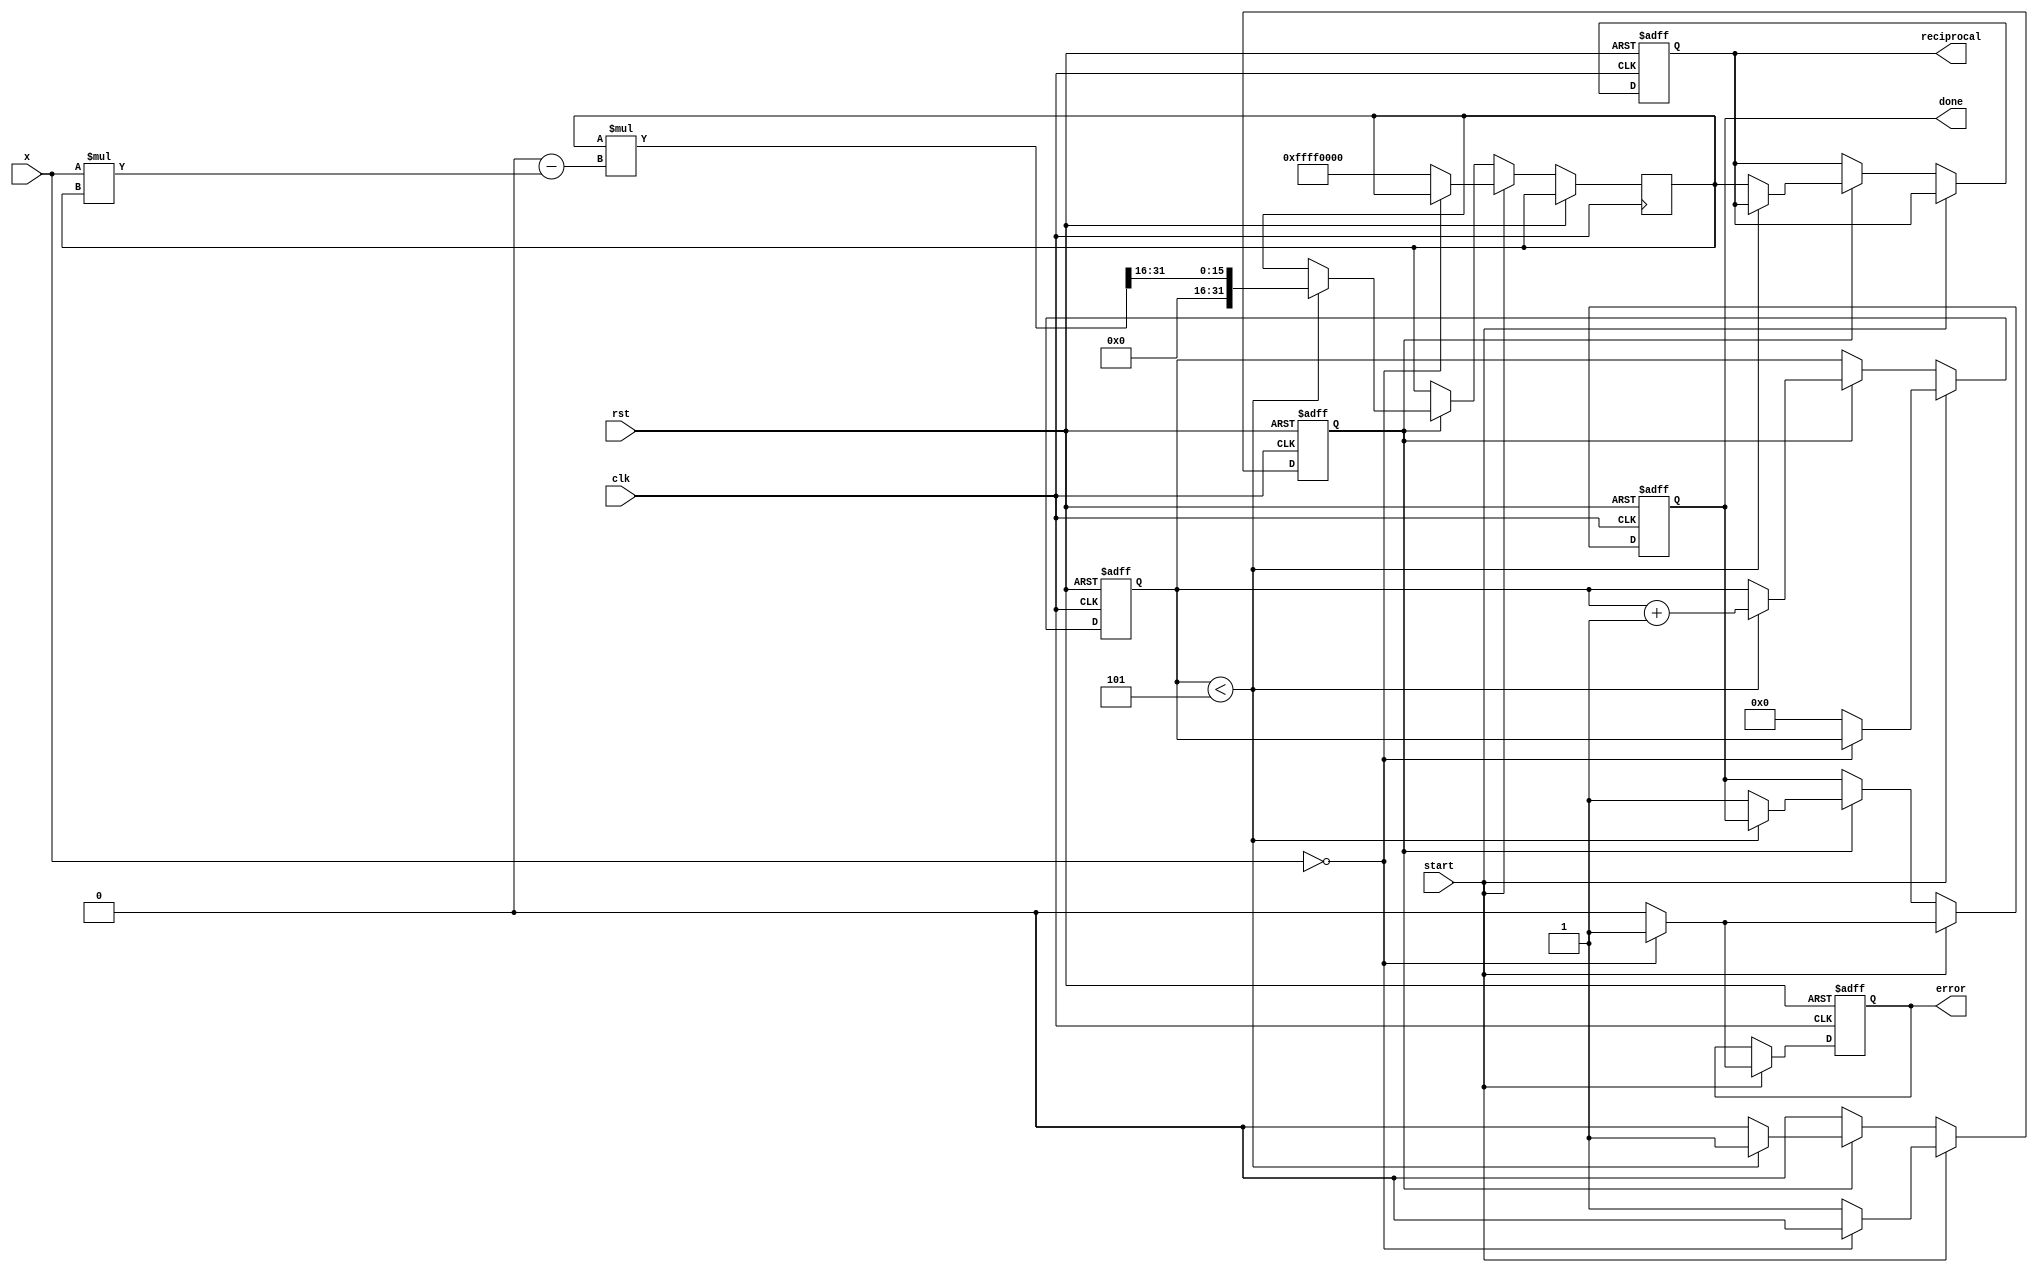
module newton_raphson_reciprocal #(
    parameter WIDTH = 16,       // Input width
    parameter ITERATIONS = 5,   // Number of iterations
    parameter OUTPUT_WIDTH = 32  // Output width
)(
    input wire clk,
    input wire rst,
    input wire start,
    input wire [WIDTH-1:0] x,   // Input value
    output reg [OUTPUT_WIDTH-1:0] reciprocal, // Output reciprocal
    output reg done,             // Done signal
    output reg error             // Error signal
);

    // Internal signals
    reg [OUTPUT_WIDTH-1:0] r;   // Current approximation
    reg [3:0] iteration_count;   // Iteration counter
    reg computing;               // State flag for computation

    // Initial guess for the reciprocal
    localparam INITIAL_GUESS = (1 << (OUTPUT_WIDTH - 1)) / (1 << (WIDTH - 1)); // 2^(-N)

    // Control Logic
    always @(posedge clk or posedge rst) begin
        if (rst) begin
            reciprocal <= 0;
            done <= 0;
            error <= 0;
            iteration_count <= 0;
            computing <= 0;
        end else begin
            if (start) begin
                // Check for zero or out of range input
                if (x == 0) begin
                    error <= 1;
                    done <= 1;
                    computing <= 0;
                end else begin
                    error <= 0;
                    r <= INITIAL_GUESS; // Initialize r
                    iteration_count <= 0;
                    computing <= 1;
                    done <= 0;
                end
            end else if (computing) begin
                if (iteration_count < ITERATIONS) begin
                    // Newton-Raphson update: r = r * (2 - x * r)
                    r <= r * (2**OUTPUT_WIDTH - x * r) >> WIDTH; // Shift to maintain precision
                    iteration_count <= iteration_count + 1;
                end else begin
                    reciprocal <= r; // Final output
                    done <= 1;       // Signal completion
                    computing <= 0;  // Stop computing
                end
            end
        end
    end

endmodule